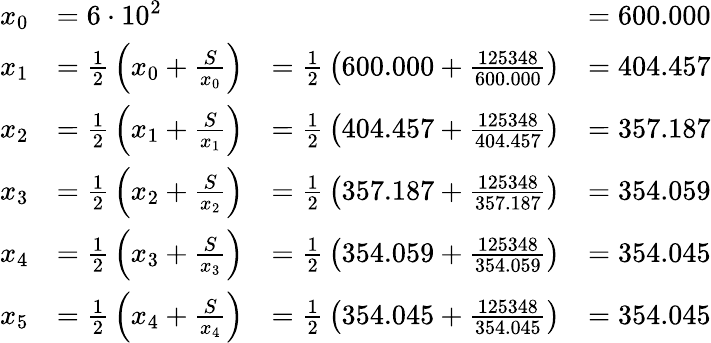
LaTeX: \begin{array}{r}{{\begin{array}{rlll}{x_{0}}&{=6\cdot 10^{2}}&{}&{=600.000}\\ {x_{1}}&{={\frac{1}{2}}\left(x_{0}+{\frac{S}{x_{0}}}\right)}&{={\frac{1}{2}}\left(600.000+{\frac{125348}{600.000}}\right)}&{=404.457}\\ {x_{2}}&{={\frac{1}{2}}\left(x_{1}+{\frac{S}{x_{1}}}\right)}&{={\frac{1}{2}}\left(404.457+{\frac{125348}{404.457}}\right)}&{=357.187}\\ {x_{3}}&{={\frac{1}{2}}\left(x_{2}+{\frac{S}{x_{2}}}\right)}&{={\frac{1}{2}}\left(357.187+{\frac{125348}{357.187}}\right)}&{=354.059}\\ {x_{4}}&{={\frac{1}{2}}\left(x_{3}+{\frac{S}{x_{3}}}\right)}&{={\frac{1}{2}}\left(354.059+{\frac{125348}{354.059}}\right)}&{=354.045}\\ {x_{5}}&{={\frac{1}{2}}\left(x_{4}+{\frac{S}{x_{4}}}\right)}&{={\frac{1}{2}}\left(354.045+{\frac{125348}{354.045}}\right)}&{=354.045}\end{array}}}\end{array}